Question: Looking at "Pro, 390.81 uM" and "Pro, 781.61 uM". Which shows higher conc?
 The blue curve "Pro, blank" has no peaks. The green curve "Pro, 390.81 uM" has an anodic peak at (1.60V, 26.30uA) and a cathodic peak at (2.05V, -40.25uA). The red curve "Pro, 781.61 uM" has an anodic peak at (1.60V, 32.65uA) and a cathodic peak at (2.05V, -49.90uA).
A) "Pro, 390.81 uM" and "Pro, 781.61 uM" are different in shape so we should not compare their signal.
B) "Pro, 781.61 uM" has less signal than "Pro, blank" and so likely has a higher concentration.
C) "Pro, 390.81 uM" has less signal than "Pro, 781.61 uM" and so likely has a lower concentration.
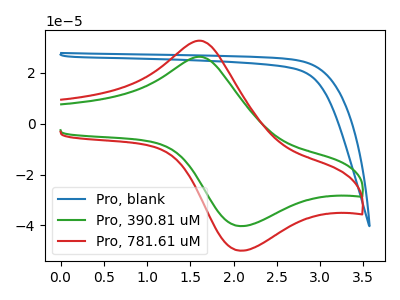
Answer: <think>All the peaks in "Pro, 390.81 uM" have a peak in "Pro, 781.61 uM" at the same potential. Every peak in "Pro, 390.81 uM" is lower than every peak in "Pro, 781.61 uM".
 </think>
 <answer>C) "Pro, 390.81 uM" has less signal than "Pro, 781.61 uM" and so likely has a lower concentration.</answer>
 <eval>C</eval>